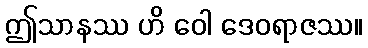
ဤသာနဿ ဟိ ဝေါ ဒေဝရာဇဿ။